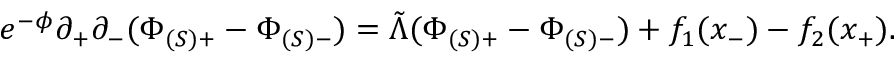
e ^ { - \phi } \partial _ { + } \partial _ { - } ( \Phi _ { ( S ) + } - \Phi _ { ( S ) - } ) = \tilde { \Lambda } ( \Phi _ { ( S ) + } - \Phi _ { ( S ) - } ) + f _ { 1 } ( x _ { - } ) - f _ { 2 } ( x _ { + } ) .